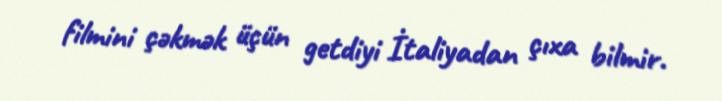
filmini çəkmək üçün getdiyi İtaliyadan çıxa bilmir.